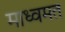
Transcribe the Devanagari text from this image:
माध्वमत